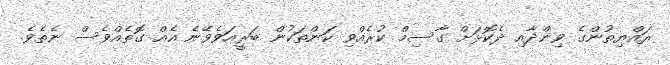
ރައްޔިތުންގެ ވިންދާއި ދެކޮޅަށް ގާސިމް ކުރެއްވި ކަންތަކުން ބަރީއަވެވޭނެ އެއް ގޮތެއްވެސް ނެތެވެ.